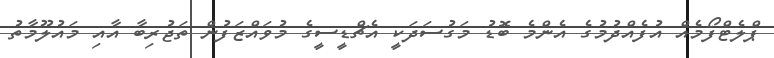
ޕްލެޓްފޯމެއް އުފެއްދުމުގެ އެންމެ ބޮޑު މަގުސަދަކީ އެޗްޑީސީގެ މުވައްޒަފުން ތަޖުރިބާ އާއި މައުލޫމާތު